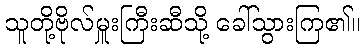
သူတို့ဗိုလ်မှူးကြီးဆီသို့ ခေါ်သွားကြ၏။